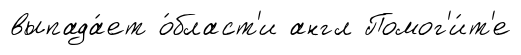
выпада́ет о́бласт'и англ Помог'и́т'е